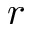
r